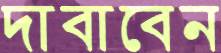
দাবাবেন